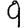
Digit: 9